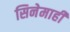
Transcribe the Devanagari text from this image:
सिनेमाही